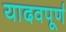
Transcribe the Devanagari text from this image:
यादवपूर्ण